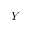
Y